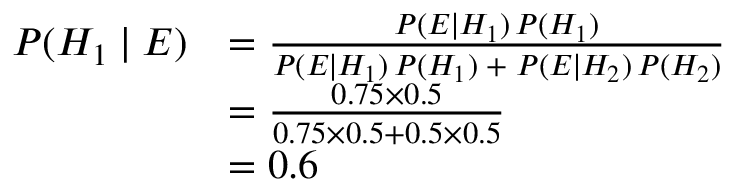
{ \begin{array} { r l } { P ( H _ { 1 } \mid E ) } & { = { \frac { P ( E \mid H _ { 1 } ) \, P ( H _ { 1 } ) } { P ( E \mid H _ { 1 } ) \, P ( H _ { 1 } ) \; + \; P ( E \mid H _ { 2 } ) \, P ( H _ { 2 } ) } } } \\ { \ } & { = { \frac { 0 . 7 5 \times 0 . 5 } { 0 . 7 5 \times 0 . 5 + 0 . 5 \times 0 . 5 } } } \\ { \ } & { = 0 . 6 } \end{array} }